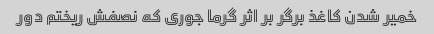
خمیر شدن کاغذ برگر بر اثر گرما جوری که نصفش ریختم دور